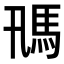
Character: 𩡵